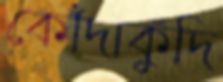
কোঁদাকুঁদি